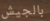
بالجيش